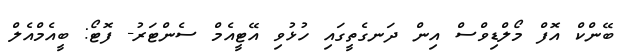
ބޭންކް އޮފް މޯލްޑިވްސް އިން ދަނގެތީގައި ހުޅުވި އޭޓީއެމް ސެންޓަރު- ފޮޓޯ: ބީއެމްއެލް